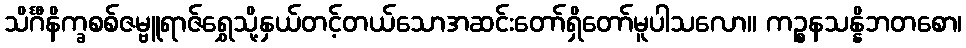
သိင်္ဂီနိက္ခစစ်ဇမ္ဗူရာဇ်ရွှေသို့နှယ်တင့်တယ်သောအဆင်းတော်ရှိတော်မူပါသလော။ ကဉ္စနသန္နိဘတစော၊